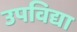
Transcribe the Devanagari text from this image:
उपविद्या